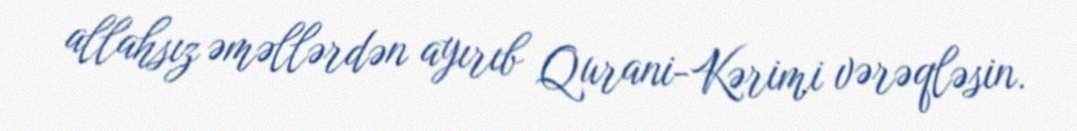
allahsız əməllərdən ayırıb Qurani-Kərimi vərəqləsin.